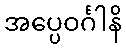
အပ္ပေဝင်္ဂါနိ